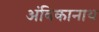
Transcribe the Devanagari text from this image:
अंबिकानाथ